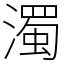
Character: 濁